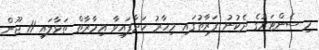
މި ސެންޓަރުގެ ދެކުނު ފަރާތުގައި މިހާރު ހަދާފައިވާ ޢިމާރާތް ތަޅާލައި 11 ޖޫން